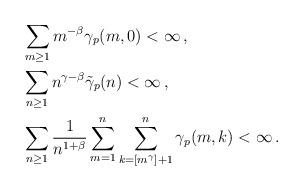
LaTeX: \begin{align*} & \sum_{m\ge 1} m^{-\beta}\gamma_p(m,0)<\infty \, ,\\ &\sum_{n\ge 1}n^{\gamma-\beta}\tilde \gamma_p(n)<\infty \, ,\\ &\sum_{n\ge 1}\frac{1}{n^{1+\beta} } \sum_{m=1}^n \sum_{k=[m^\gamma]+1}^{n} \gamma_p(m,k)<\infty \, .\end{align*}